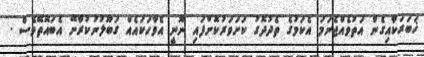
ޚަބަރަކާއިގެން އަތުވެއްޖެނަމަ އެކަމުގެ ތެދުދޮގު ކަށަވަރުކޮށްފައި ނޫނީ އެވާހަކައެއް ގަބޫލުނުކުރާށޭ އެބައޮތޭވެސް .